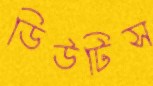
ডিউটিস